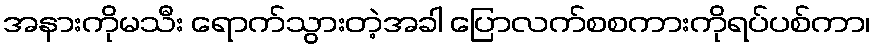
အနားကိုမသီး ရောက်သွားတဲ့အခါ ပြောလက်စစကားကိုရပ်ပစ်ကာ၊